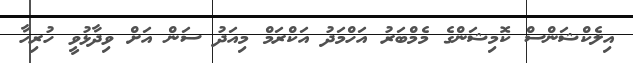
އިލެކްޝަންސް ކޮމިޝަންގެ މެމްބަރު އަހްމަދު އަކްރަމް މިއަދު ސަން އަށް ވިދާޅުވީ ހުރިހާ